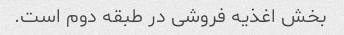
بخش اغذیه فروشی در طبقه دوم است.